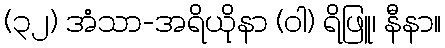
(၃၂) အံသာ-အရိယိုနာ (ဝါ) ရိဖြူ၊ နီနာ။